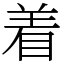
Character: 着